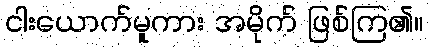
ငါးယောက်မူကား အမိုက် ဖြစ်ကြ၏။